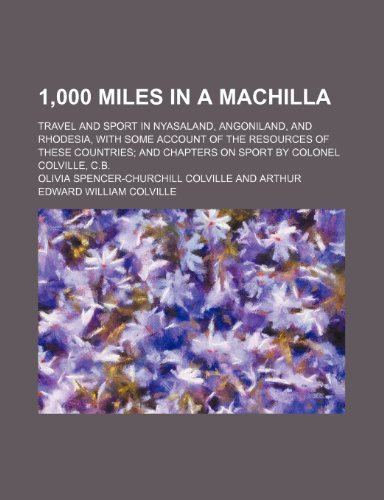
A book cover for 1,000 miles in a machilla; travel and sport in Nyasaland, Angoniland, and Rhodesia, with some account of the resources of these countries and chapters on sport by Colonel Colville, C.B.; Olivia Spencer-Churchill Colville; Travel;